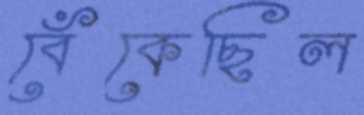
বেঁকেছিল